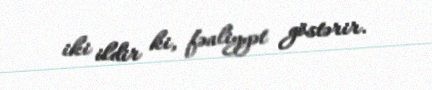
iki ildir ki, fəaliyyət göstərir.